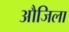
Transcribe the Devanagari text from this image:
औजिला